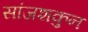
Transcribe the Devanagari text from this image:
सांजशकुन